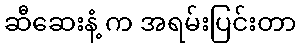
ဆီဆေးနံ့ က အရမ်းပြင်းတာ